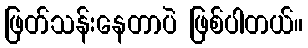
ဖြတ်သန်းနေတာပဲ ဖြစ်ပါတယ်။